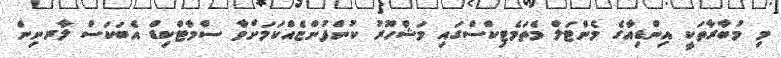
މި މުބާރާތަކީ އިންޑިއާގެ މެންޓަލް މެތަމެޓިކްސްގައި މަޝްހޫރު ކުންފުންޏެއްކަމަށްވާ ސްމާޓްކިޑް އެބަކަސް ލާރނިން